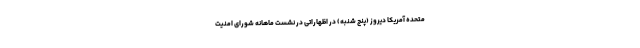
متحده آمریکا دیروز (پنج شنبه) در اظهاراتی در نشست ماهانه شورای امنیت